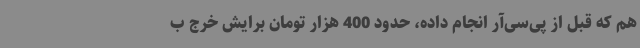
هم که قبل از پی‌سی‌آر انجام داده، حدود 400 هزار تومان برایش خرج ب